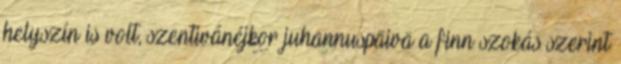
helyszín is volt, szentivánéjkor juhannuspäivä a finn szokás szerint